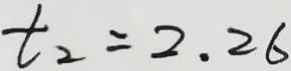
t _ { 2 } = 2 . 2 6